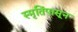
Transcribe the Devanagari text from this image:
स्मृतिंपासून